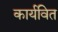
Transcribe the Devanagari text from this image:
कार्यवित